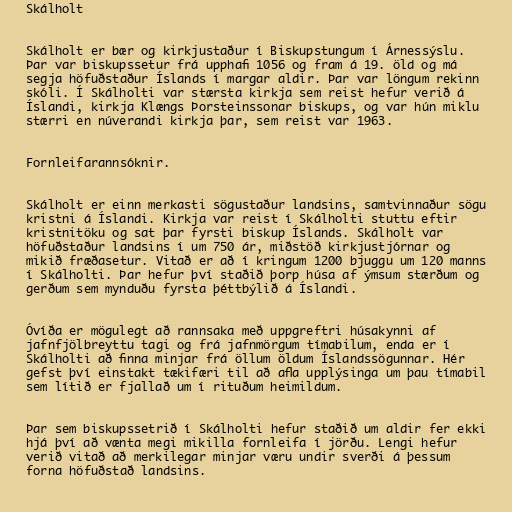
Skálholt

Skálholt er bær og kirkjustaður í Biskupstungum í Árnessýslu.
Þar var biskupssetur frá upphafi 1056 og fram á 19. öld og má
segja höfuðstaður Íslands í margar aldir. Þar var löngum rekinn
skóli. Í Skálholti var stærsta kirkja sem reist hefur verið á
Íslandi, kirkja Klængs Þorsteinssonar biskups, og var hún miklu
stærri en núverandi kirkja þar, sem reist var 1963.

Fornleifarannsóknir.

Skálholt er einn merkasti sögustaður landsins, samtvinnaður sögu
kristni á Íslandi. Kirkja var reist í Skálholti stuttu eftir
kristnitöku og sat þar fyrsti biskup Íslands. Skálholt var
höfuðstaður landsins í um 750 ár, miðstöð kirkjustjórnar og
mikið fræðasetur. Vitað er að í kringum 1200 bjuggu um 120 manns
í Skálholti. Þar hefur því staðið þorp húsa af ýmsum stærðum og
gerðum sem mynduðu fyrsta þéttbýlið á Íslandi.

Óvíða er mögulegt að rannsaka með uppgreftri húsakynni af
jafnfjölbreyttu tagi og frá jafnmörgum tímabilum, enda er í
Skálholti að finna minjar frá öllum öldum Íslandssögunnar. Hér
gefst því einstakt tækifæri til að afla upplýsinga um þau tímabil
sem lítið er fjallað um í rituðum heimildum.

Þar sem biskupssetrið í Skálholti hefur staðið um aldir fer ekki
hjá því að vænta megi mikilla fornleifa í jörðu. Lengi hefur
verið vitað að merkilegar minjar væru undir sverði á þessum
forna höfuðstað landsins.